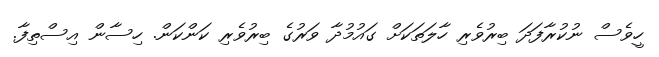
ހީވެސް ނުކުރާފަދަ ބިރުވެރި ހާލަތަކަށް ގައުމުދާ ވަރުގެ ބިރުވެރި ކަންކަން. ހިސާން އިސްތިފާ.